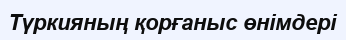
Түркияның қорғаныс өнімдері